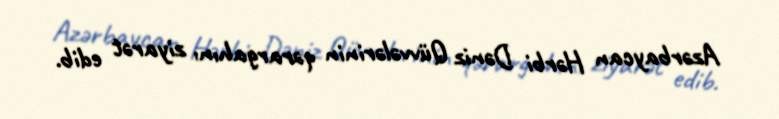
Azərbaycan Hərbi Dəniz Qüvvələrinin qərargahını ziyarət edib.